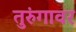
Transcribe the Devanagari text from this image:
तुरुंगावर